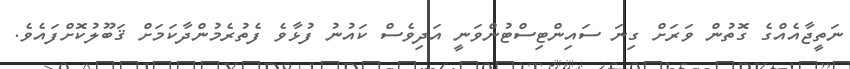
ނަތީޖާއެއްގެ ގޮތުން ވަރަށް ގިނަ ސައިންޓިސްޓުންވަނީ އަދިވެސް ކައުނު ފުޅާވެ ފެތުރެމުންދާކަމަށް ޤަބޫލުކޮށްފައެވެ.